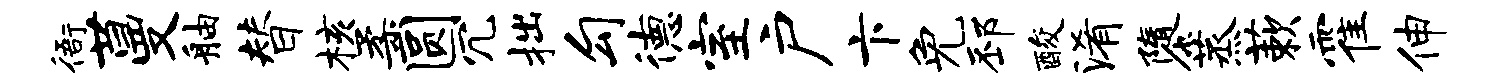
衙蔓舳替核柔圆冗拙勾德室户卞免邳酸淆隳蒸蔌霍伸